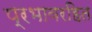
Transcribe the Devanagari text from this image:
प्रभावरहित